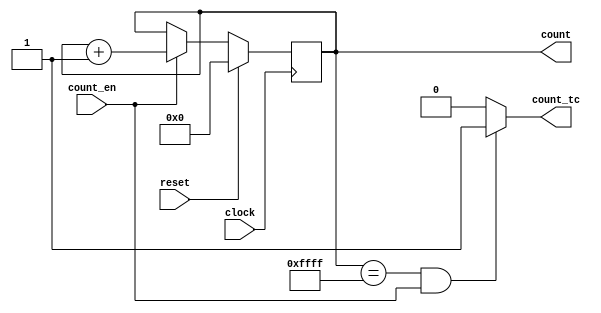
module counter_16b(clock,reset,count_en,count,count_tc);
	//define input and output ports
	input clock,reset,count_en;
	output reg [15:0] count;
	output count_tc;

	assign count_tc= (count == {16{1'b1}} && count_en) ? 1'b1 : 1'b0; //terminal count
	always@(posedge clock)
	begin
		if(reset) //set counter to zero 
			count <= 16'd0;
		else if(count_en) //count up
			count <= count + 16'b1;
	end
endmodule